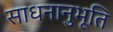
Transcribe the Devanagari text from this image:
साधनानुभूति